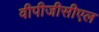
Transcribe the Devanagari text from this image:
वीपीजीसीएल